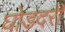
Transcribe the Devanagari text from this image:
घोडदरी